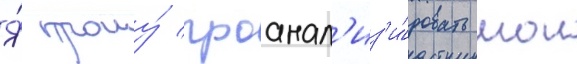
Я́ прошу́ проанал'из'и́ровать мои